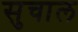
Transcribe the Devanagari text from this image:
सुचाल